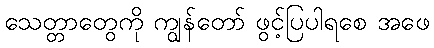
သေတ္တာတွေကို ကျွန်တော် ဖွင့်ပြပါရစေ အဖေ